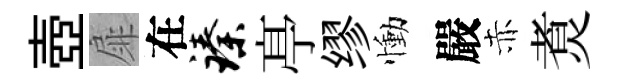
壺扉在臻𠅘缪慟嚴赤煑